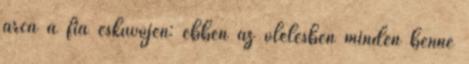
arca a fia esküvőjén: ebben az ölelésben minden benne